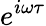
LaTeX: e^{i\omega\tau}